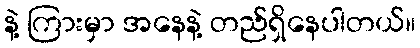
နဲ့ ကြားမှာ အနေနဲ့ တည်ရှိနေပါတယ်။